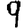
Digit: 9